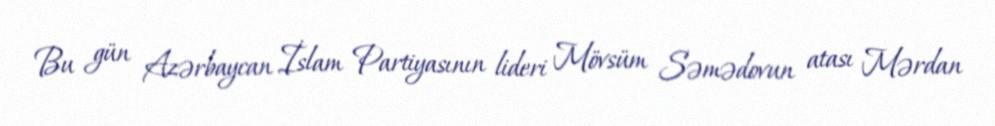
Bu gün Azərbaycan İslam Partiyasının lideri Mövsüm Səmədovun atası Mərdan